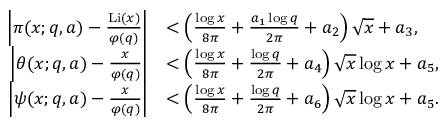
\begin{array} { r l } { \left| \pi ( x ; q , a ) - \frac { \operatorname { L i } ( x ) } { \varphi ( q ) } \right| } & { < \left( \frac { \log { x } } { 8 \pi } + \frac { a _ { 1 } \log { q } } { 2 \pi } + a _ { 2 } \right) \sqrt { x } + a _ { 3 } , } \\ { \left| \theta ( x ; q , a ) - \frac { x } { \varphi ( q ) } \right| } & { < \left( \frac { \log { x } } { 8 \pi } + \frac { \log { q } } { 2 \pi } + a _ { 4 } \right) \sqrt { x } \log { x } + a _ { 5 } , } \\ { \left| \psi ( x ; q , a ) - \frac { x } { \varphi ( q ) } \right| } & { < \left( \frac { \log { x } } { 8 \pi } + \frac { \log { q } } { 2 \pi } + a _ { 6 } \right) \sqrt { x } \log { x } + a _ { 5 } . } \end{array}